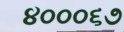
૪૦૦૦૬૭